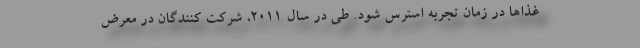
غذاها در زمان تجربه استرس‌ شود. طی در سال 2011، شرکت کنندگان در معرض